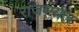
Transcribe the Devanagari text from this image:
राजम्माल